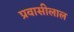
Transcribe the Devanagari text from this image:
प्रवासीलाल